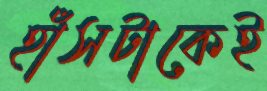
হাঁসটাকেই